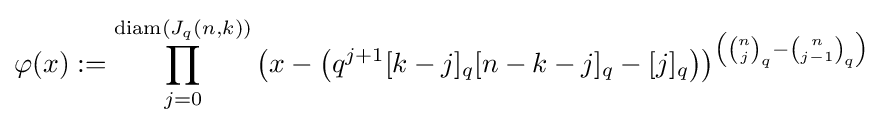
\varphi (x):=\prod \limits _{j=0}^{\operatorname {diam} (J_{q}(n,k))}\left(x-\left(q^{j+1}[k-j]_{q}[n-k-j]_{q}-[j]_{q}\right)\right)^{\left({\binom {n}{j}}_{q}-{\binom {n}{j-1}}_{q}\right)}